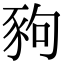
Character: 豞